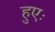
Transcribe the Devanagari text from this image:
हुएः